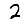
Digit: 2